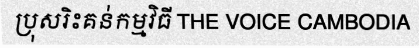
ប្រុសរិះគន់កម្មវិធី THE VOICE CAMBODIA